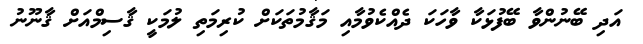
އަދި ބޭނުންވާ ބޭފުޅަކާ ވާހަކަ ދެއްކެވުމާއި މަޤާމުތަކަށް ކުރިމަތި ލުމަކީ ޤާސިމްއަށް ޤާނޫނު